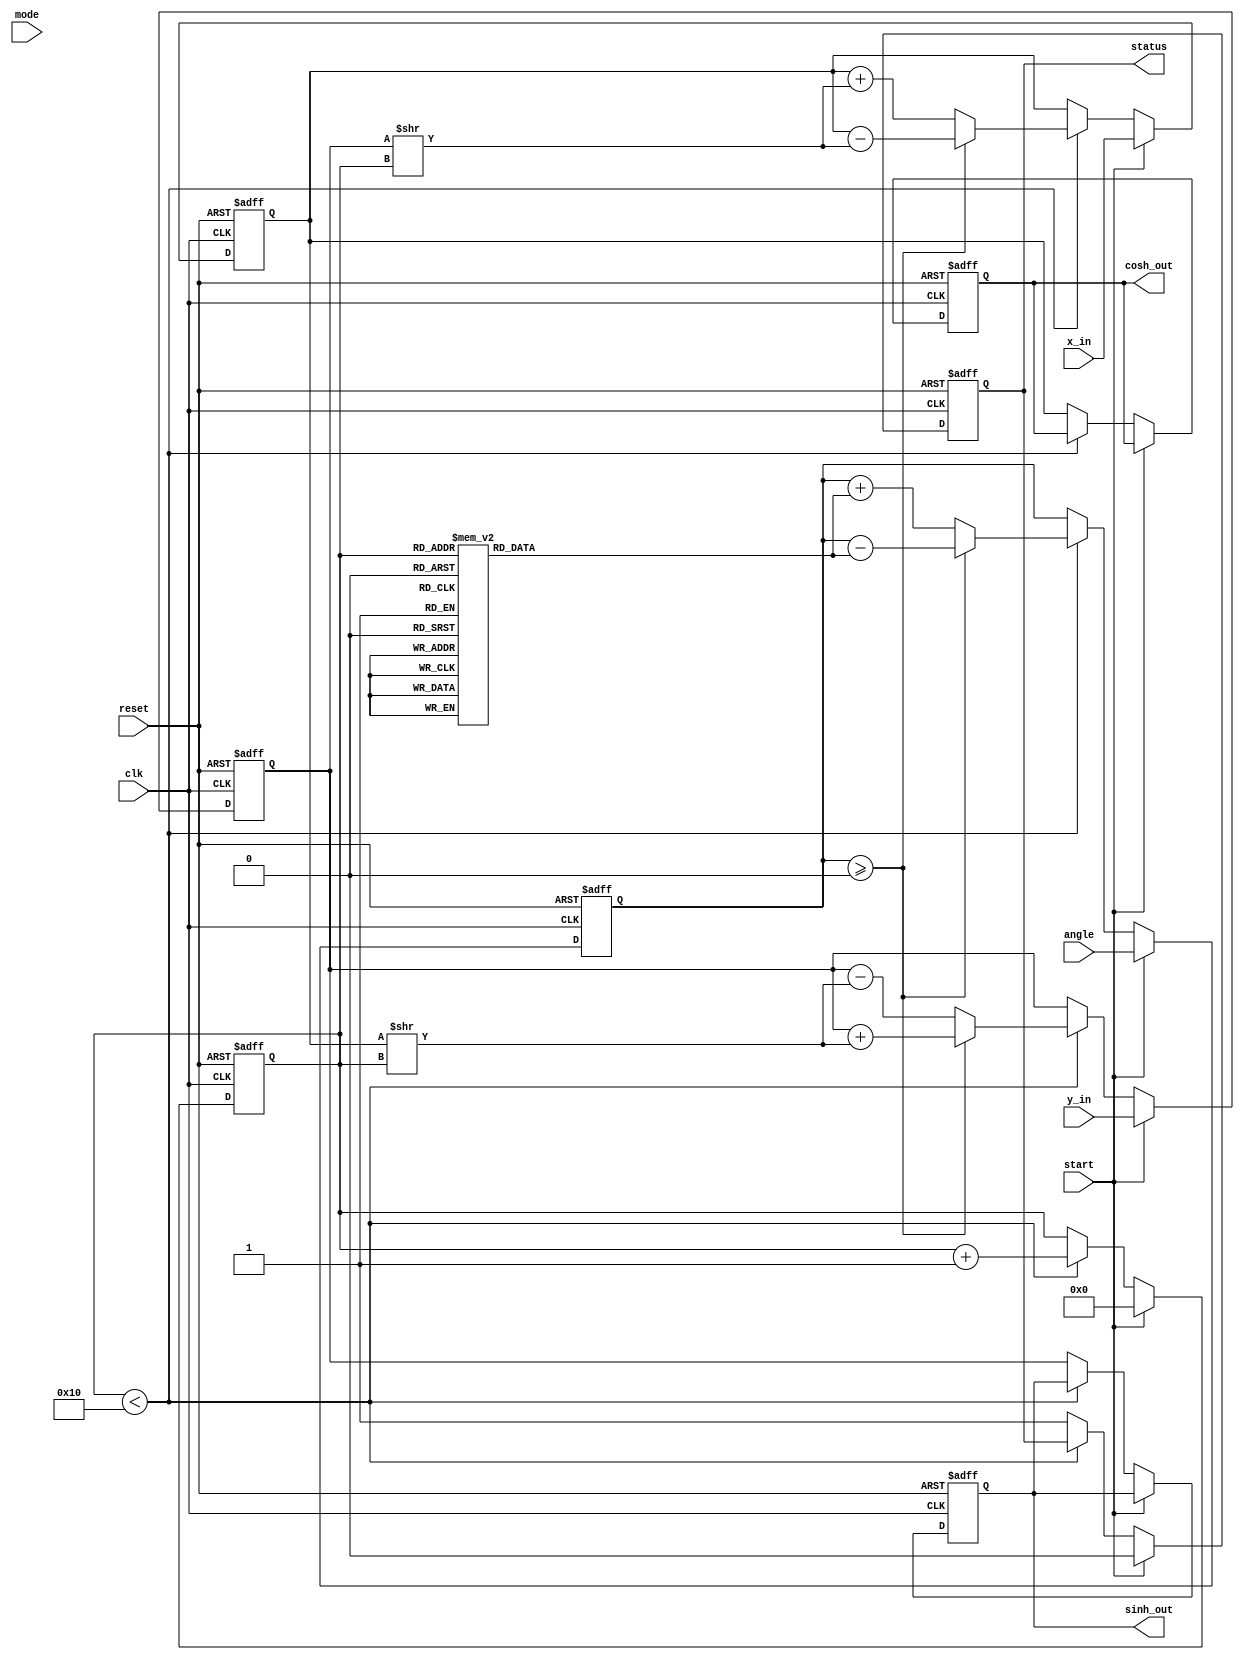
module hyperbolic_cordic (
    input wire clk,
    input wire reset,
    input wire start,
    input wire [15:0] x_in,    // Fixed-point input for x
    input wire [15:0] y_in,    // Fixed-point input for y
    input wire [15:0] angle,    // Angle input (in radians)
    input wire mode,           // Mode: 0 for circular, 1 for hyperbolic
    output reg [15:0] sinh_out, // Output for sinh(X)
    output reg [15:0] cosh_out, // Output for cosh(X)
    output reg status          // Status signal
);

    // Parameters for CORDIC iterations
    parameter NUM_ITERATIONS = 16;
    reg [15:0] x, y;
    reg [15:0] z;              // Angle accumulator
    reg [3:0] iteration;       // Iteration counter
    reg [15:0] atan_table [0:NUM_ITERATIONS-1]; // Angle lookup table

    // Initializing the arctanh values for hyperbolic functions
    initial begin
        atan_table[0] = 16'h1C71; // arctanh(1/2)
        atan_table[1] = 16'h0F24; // arctanh(1/4)
        atan_table[2] = 16'h07A1; // arctanh(1/8)
        atan_table[3] = 16'h03E8; // arctanh(1/16)
        // Continue to fill in more values as needed
    end

    // Control Logic for CORDIC
    always @(posedge clk or posedge reset) begin
        if (reset) begin
            x <= 16'h0000;
            y <= 16'h0000;
            z <= 16'h0000;
            iteration <= 0;
            status <= 0;
            sinh_out <= 16'h0000;
            cosh_out <= 16'h0000;
        end else if (start) begin
            // Initialize inputs
            x <= x_in;
            y <= y_in;
            z <= angle;
            iteration <= 0;
            status <= 0;
        end else if (iteration < NUM_ITERATIONS) begin
            // CORDIC Iteration
            if (z >= 0) begin
                // Rotate clockwise
                x <= x - (y >> iteration);
                y <= y + (x >> iteration);
                z <= z - atan_table[iteration];
            end else begin
                // Rotate counterclockwise
                x <= x + (y >> iteration);
                y <= y - (x >> iteration);
                z <= z + atan_table[iteration];
            end
            iteration <= iteration + 1;
        end else begin
            // Output results
            sinh_out <= y; // Output for sinh(X)
            cosh_out <= x; // Output for cosh(X)
            status <= 1; // Indicate completion
        end
    end

endmodule